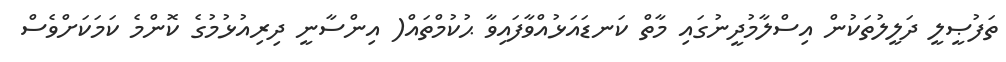
ތަފުޞީލީ ދަލީލުތަކުން އިސްލާމުދީނުގައި މާތް ކަނޑައަޅުއްވާފައިވާ ޙުކުމްތައް( އިންސާނީ ދިރިއުޅުމުގެ ކޮންމެ ކަމަކަށްވެސް